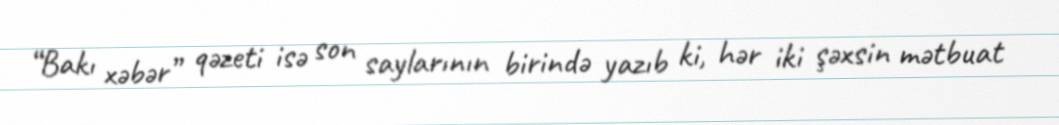
“Bakı xəbər” qəzeti isə son saylarının birində yazıb ki, hər iki şəxsin mətbuat